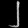
Digit: ၂